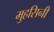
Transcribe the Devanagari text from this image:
मुहसिनी